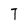
Character: T